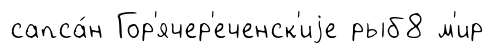
сапса́н Гор'ячер'еченск'иjе рыб8 м'ир